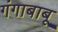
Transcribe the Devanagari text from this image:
गंगाबाबू